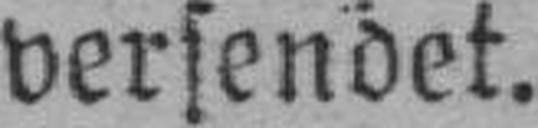
versendet.